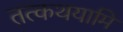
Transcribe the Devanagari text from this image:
तत्कथयामि